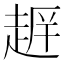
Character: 𮚺